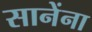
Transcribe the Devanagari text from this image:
सानेंना